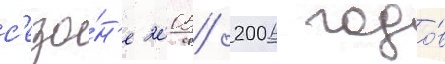
с'езо́н'е 2005/ 2006 годо́в